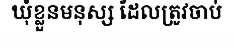
ឃុំខ្លួនមនុស្ស ដែលត្រូវចាប់